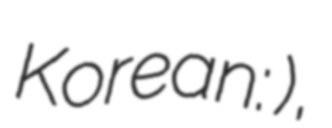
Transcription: Korean: 한국퀴어문화축제),